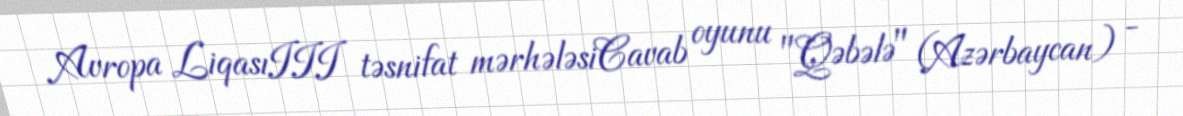
Avropa LiqasıIII təsnifat mərhələsiCavab oyunu "Qəbələ" (Azərbaycan) -